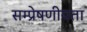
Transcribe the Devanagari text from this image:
सम्‍प्रेषणीयता